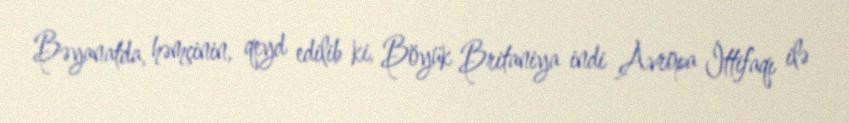
Bəyanatda, həmçinin, qeyd edilib ki, Böyük Britaniya indi Avropa İttifaqı ilə